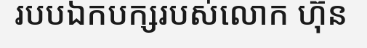
របបឯកបក្សរបស់លោក ហ៊ុន